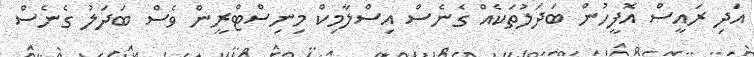
އަދި ރައީސް އޮފީހުން ބަދަލުތަކެއް ގެނެސް އިސްލާމިކް މިނިސްޓްރީން ވެސް ބަދަލު ގެނެސް